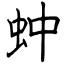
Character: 蚛